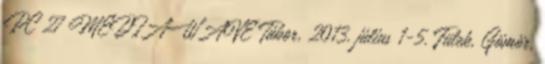
PC 27 MEDIAWAVE Tábor, 2013. július 1-5. Fülek, Gömör,